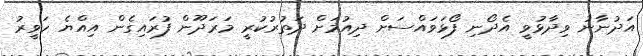
އަދުނާނު ވިދާޅުވީ އެދޯނި ފޯޅަވައްސަށް ދިއުމަށް ދަތުރުކުރީ މަރަދޫން ފުރައިގެން އިއްޔެ ހަވީރު